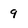
Character: 9